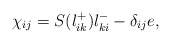
\begin{align*}\chi_{ij} = S(l^+_{ik} )l^-_{ki} - \delta_{ij} e ,\end{align*}